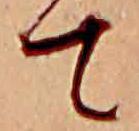
て